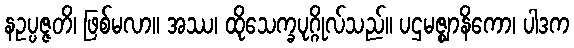
နဥပ္ပဇ္ဇတိ၊ ဖြစ်မလာ။ အဿ၊ ထိုသေက္ခပုဂ္ဂိုလ်သည်။ ပဌမဇ္ဈာနိကော၊ ပါဒက